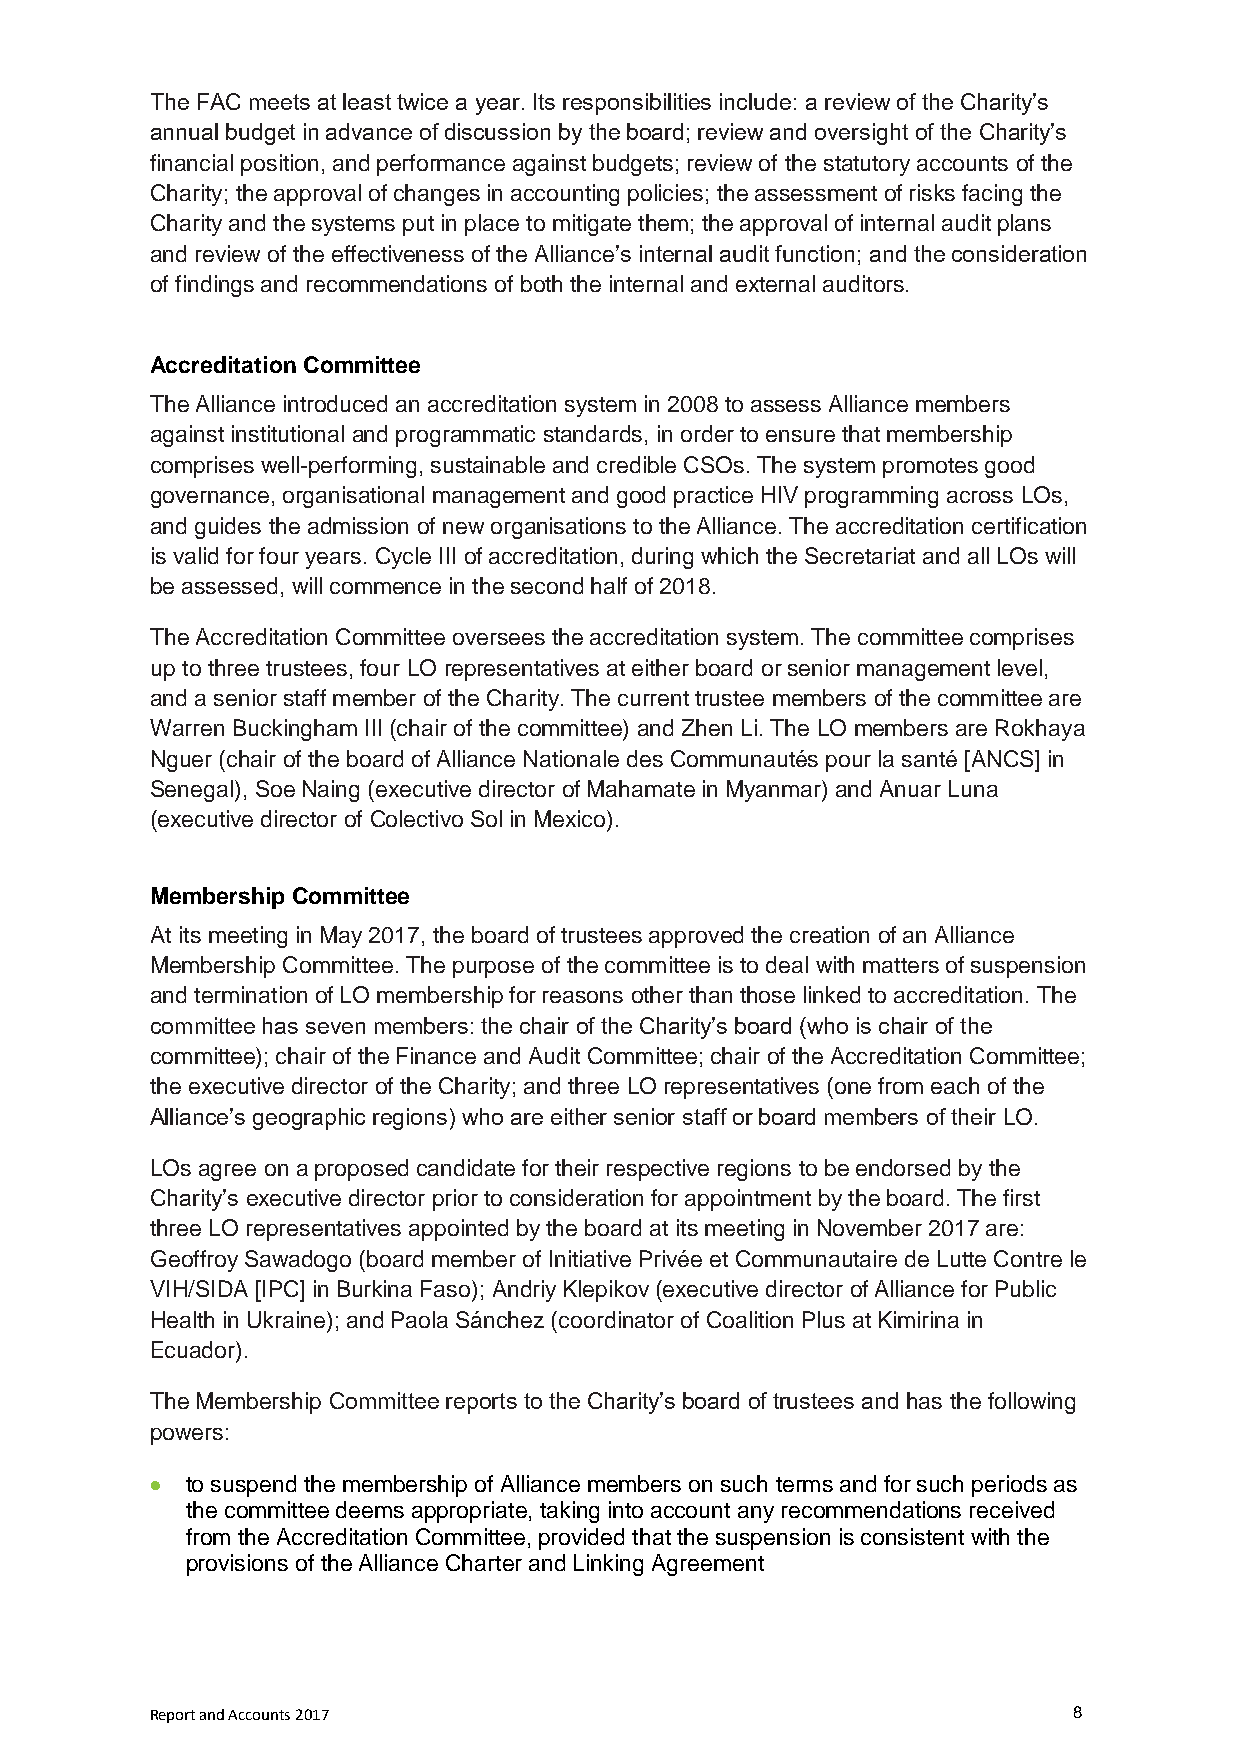
The FAC meets at least twice a year. Its responsibilities include: a review of the Charity’s
 annual budget in advance of discussion by the board; review and oversight of the Charity’s
 financial position, and performance against budgets; review of the statutory accounts of the
 Charity; the approval of changes in accounting policies; the assessment of risks facing the
 Charity and the systems put in place to mitigate them; the approval of internal audit plans
 and review of the effectiveness of the Alliance’s internal audit function; and the consideration
 of findings and recommendations of both the internal and external auditors.
 Accreditation Committee
 The Alliance introduced an accreditation system in 2008 to assess Alliance members
 against institutional and programmatic standards, in order to ensure that membership
 comprises well-performing, sustainable and credible CSOs. The system promotes good
 governance, organisational management and good practice HIV programming across LOs,
 and guides the admission of new organisations to the Alliance. The accreditation certification
 is valid for four years. Cycle III of accreditation, during which the Secretariat and all LOs will
 be assessed, will commence in the second half of 2018.
 The Accreditation Committee oversees the accreditation system. The committee comprises
 up to three trustees, four LO representatives at either board or senior management level,
 and a senior staff member of the Charity. The current trustee members of the committee are
 Warren Buckingham III (chair of the committee) and Zhen Li. The LO members are Rokhaya
 Nguer (chair of the board of Alliance Nationale des Communautés pour la santé [ANCS] in
 Senegal), Soe Naing (executive director of Mahamate in Myanmar) and Anuar Luna
 (executive director of Colectivo Sol in Mexico).
 Membership Committee
 At its meeting in May 2017, the board of trustees approved the creation of an Alliance
 Membership Committee. The purpose of the committee is to deal with matters of suspension
 and termination of LO membership for reasons other than those linked to accreditation. The
 committee has seven members: the chair of the Charity’s board (who is chair of the
 committee); chair of the Finance and Audit Committee; chair of the Accreditation Committee;
 the executive director of the Charity; and three LO representatives (one from each of the
 Alliance’s geographic regions) who are either senior staff or board members of their LO.
 LOs agree on a proposed candidate for their respective regions to be endorsed by the
 Charity’s executive director prior to consideration for appointment by the board. The first
 three LO representatives appointed by the board at its meeting in November 2017 are:
 Geoffroy Sawadogo (board member of Initiative Privée et Communautaire de Lutte Contre le
 VIH/SIDA [IPC] in Burkina Faso); Andriy Klepikov (executive director of Alliance for Public
 Health in Ukraine); and Paola Sánchez (coordinator of Coalition Plus at Kimirina in
 Ecuador).
 The Membership Committee reports to the Charity’s board of trustees and has the following
 powers:
  to suspend the membership of Alliance members on such terms and for such periods as
 the committee deems appropriate, taking into account any recommendations received
 from the Accreditation Committee, provided that the suspension is consistent with the
 provisions of the Alliance Charter and Linking Agreement
 Report and Accounts 2017                                     8